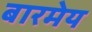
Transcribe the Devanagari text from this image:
बारमेय